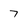
Character: 7